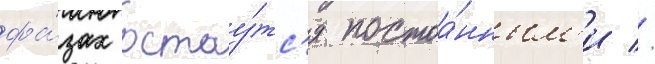
фа́зах остау́тс'я постоа́нным'и //